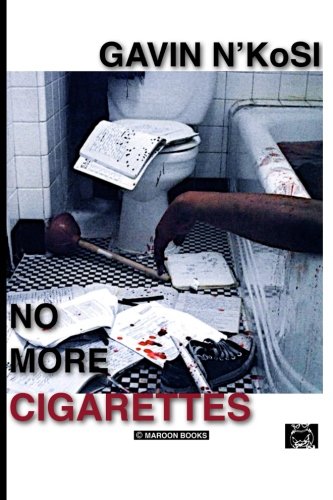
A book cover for No More Cigarettes; Gavin N'Kosi; Literature & Fiction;